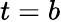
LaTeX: t=b